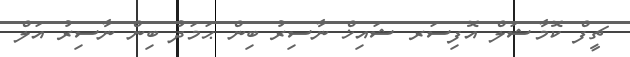
ޗީފް ކޮމާޝަލް އޮފިސަރ ޝައިޚް ނާސިރު ބިން ޙަމަދު ބިން ނާސިރު އަލް